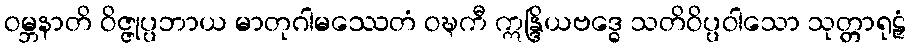
ဝမ္ဘနာတိ ဝိဇ္ဇုပ္ပဘာယ မာတုဂါမဿေတံ ဝဍ္ဎကီ ဣန္ဒြိယဗဒ္ဓေ သတိဝိပ္ပဝါသော သုတ္တာရုဠှံ